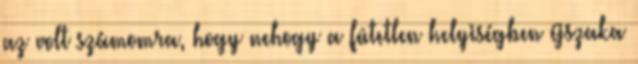
az volt számomra, hogy nehogy a fûtetlen helyiségben éjszaka